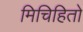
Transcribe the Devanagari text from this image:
मिचिहितो